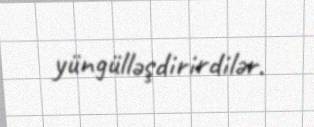
yüngülləşdirirdilər.